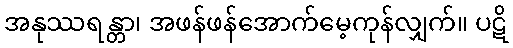
အနုဿရန္တာ၊ အဖန်ဖန်အောက်မေ့ကုန်လျှက်။ ပဋိ